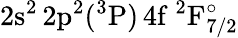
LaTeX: \mathrm{2s^{2}\, 2p^{2}(^{3}P)\, 4f~^{2}F_{7/2}^{\circ}}